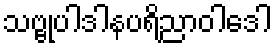
သဗ္ဗုပါဒါနပရိညာဝါဒေါ